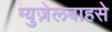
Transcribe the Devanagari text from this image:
ग्युज़ेलबाहसे